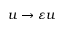
u \to \varepsilon u